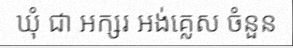
ឃុំ ជា អក្សរ អង់គ្លេស ចំនួន